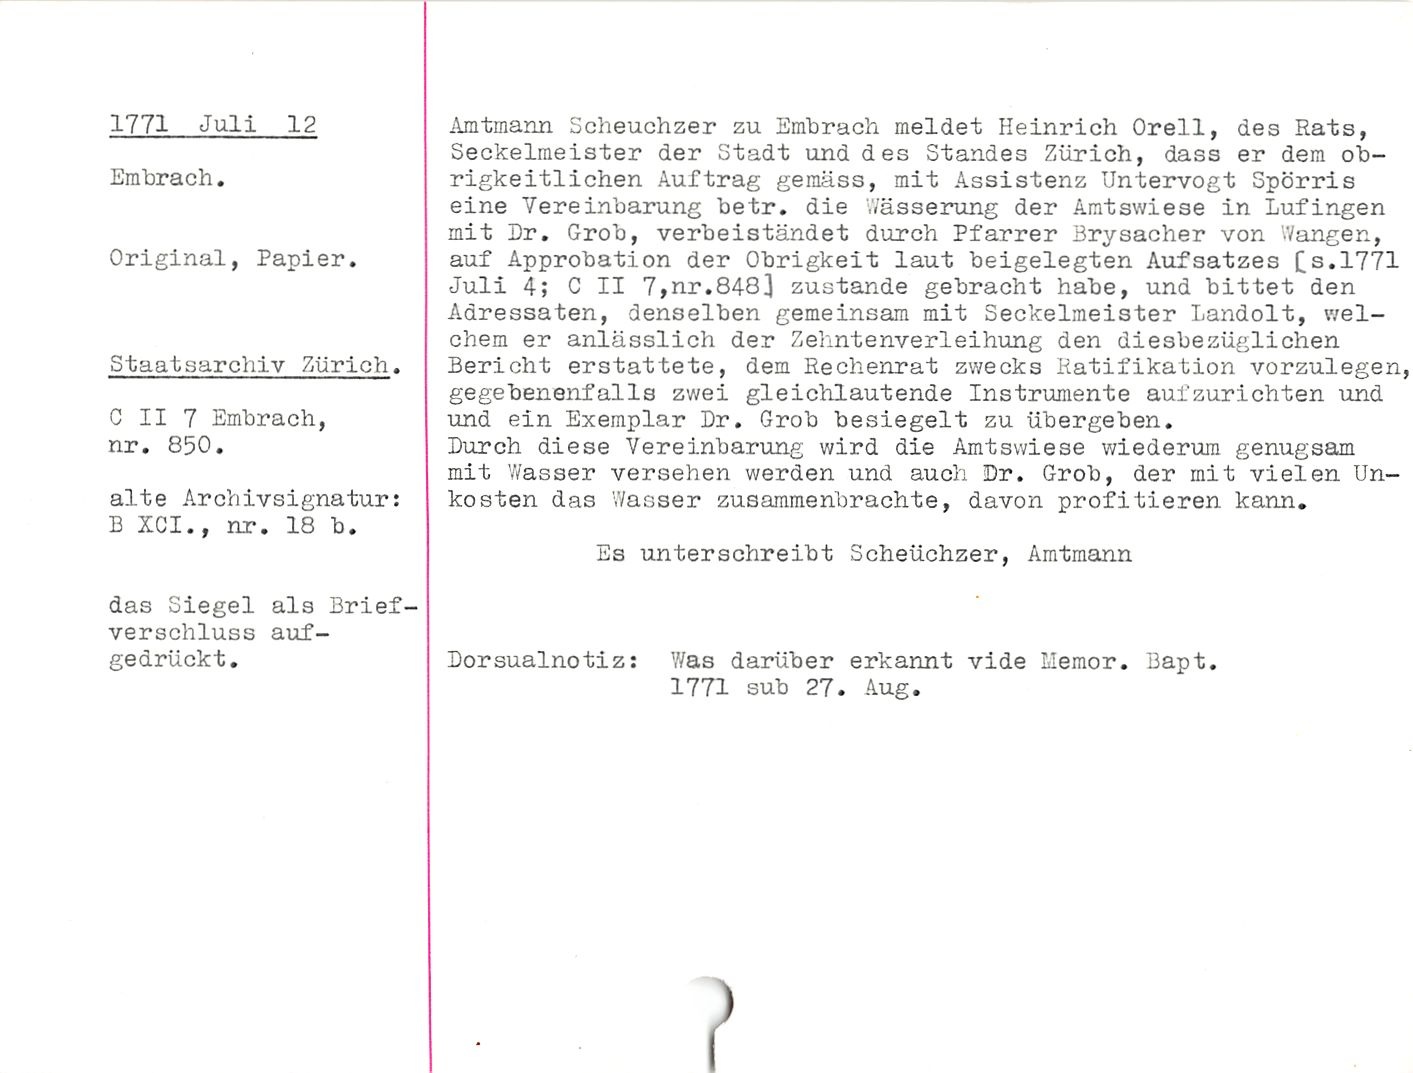
1771 Juli 12

Ein brach.

Original, Papier.

Staatsarchiv Zürich.

C II 7 Einbrach,
nr. 850.

alte Archivsignatur:
B XCI., nr. 18 b.

Amtmann Scheuchzer zu Embrach meldet Heinrich Orell, des Rats,
Seckeimeister der Stadt und des Standes Zürich, dass er dem ob¬
rigkeitlichen Auftrag gemäss, mit Assistenz Untervogt Spörris
eine Vereinbarung betr. die Wässerung der Amtswiese in Lufingen
mit Br. Grob, verbeiständet durch Pfarrer Brysacher von Wangen,
auf Approbation der Obrigkeit laut beigelegten Aufsatzes l^s.1771
Juli 4; C II 7,nr.8483 zustande gebracht habe, und bittet den
Adressaten, denselben gemeinsam mit Seckeimeister Landolt, wel¬
chem er anlässlich der Zehntenverleihung den diesbezüglichen
Bericht erstattete, dem Rechenrat zwecks Ratifikation vorzulegen,
gegebenenfalls zwei gleichlautende Instrumente aufzurichten und
und ein Exemplar Br. Grob besiegelt zu übergeben.

Buroh diese Vereinbarung wird die Amtswiese wiederum genugsam
mit Wasser versehen werden und auch Br. Grob, der mit vielen Un¬
kosten das Wasser zusammenbrachte, davon profitieren kann.

Es unterschreibt Scheüchzer, Amtmann

das Siegel als Brief¬
verschluss auf¬
gedrückt.

Borsualnotiz:

Was darüber erkannt vide ilemor. Bapt.
1771 sub 27. Aug.